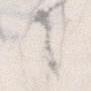
言